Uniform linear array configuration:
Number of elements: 4
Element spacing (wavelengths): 0.75
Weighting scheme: kaiser
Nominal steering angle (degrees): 30
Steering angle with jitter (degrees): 29.364
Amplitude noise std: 0.05
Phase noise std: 0.05

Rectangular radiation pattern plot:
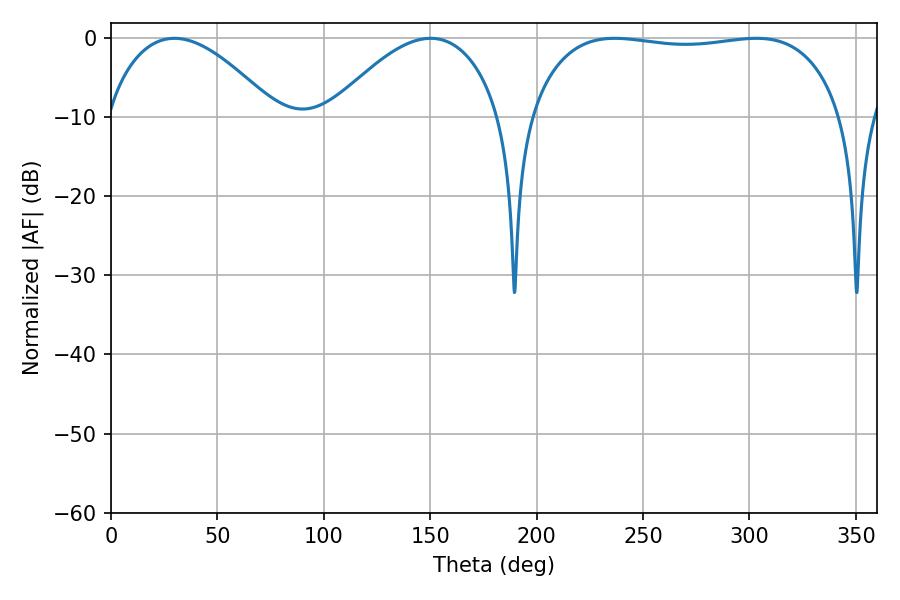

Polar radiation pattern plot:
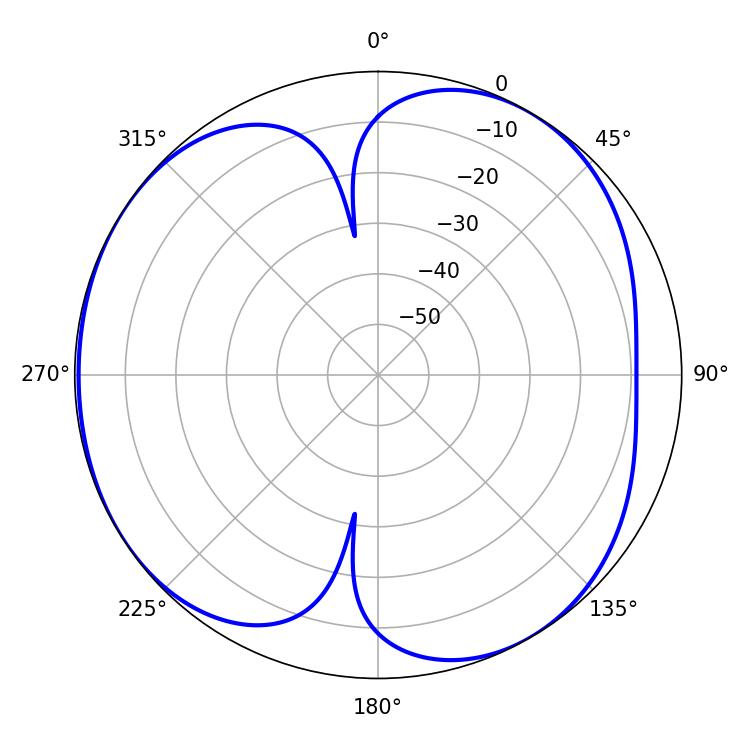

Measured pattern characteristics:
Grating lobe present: TRUE
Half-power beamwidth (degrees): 117.36
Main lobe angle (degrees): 236.7